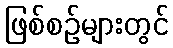
ဖြစ်စဉ်များတွင်